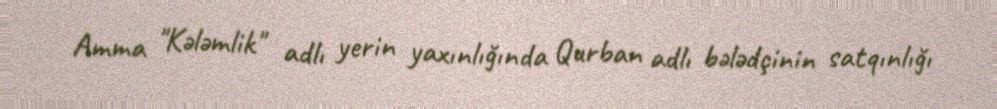
Amma "Kələmlik" adlı yerin yaxınlığında Qurban adlı bələdçinin satqınlığı